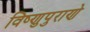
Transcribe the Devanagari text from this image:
विष्णुपुराणे